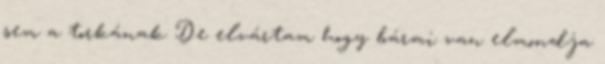
sem a torkának De elvártam hogy bármi van elmondja